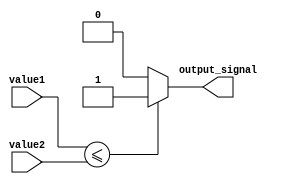
module less_than_or_equal_to_comparator (
    input [7:0] value1,
    input [7:0] value2,
    output output_signal
);

reg output_signal;

always @(*) begin
    if (value1 <= value2)
        output_signal = 1;
    else
        output_signal = 0;
end

endmodule